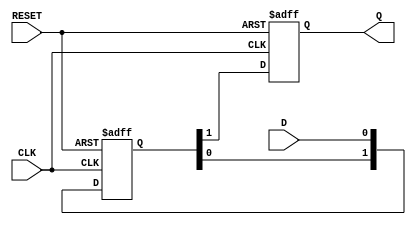
module async_to_sync_converter(
    input wire D,              // Async Data Input
    input wire CLK,            // Synchronous Clock
    input wire RESET,          // Active high reset signal
    output reg Q               // Sync Data Output
);

    // Intermediate signals for metastability handling
    reg [1:0] sync_reg;        // 2-stage synchronizer

    // Always block for synchronization logic
    always @(posedge CLK or posedge RESET) begin
        if (RESET) begin
            sync_reg <= 2'b00;  // Reset the synchronizer
            Q <= 1'b0;          // Reset the output
        end else begin
            sync_reg[0] <= D;   // Sample the async input at the clock edge
            sync_reg[1] <= sync_reg[0]; // Synchronize the sampled input
            Q <= sync_reg[1];   // Output the stable synchronized data
        end
    end

endmodule